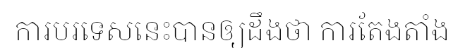
ការបរទេសនេះបានឲ្យដឹងថា ការតែងតាំង